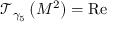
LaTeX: \mathcal { T } _ { \gamma _ { 5 } } \left( M ^ { 2 } \right) = \operatorname { R e }